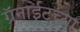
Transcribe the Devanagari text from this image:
ग्रॅनाईटच्या